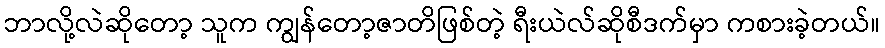
ဘာလို့လဲဆိုတော့ သူက ကျွန်တော့ဇာတိဖြစ်တဲ့ ရီးယဲလ်ဆိုစီဒက်မှာ ကစားခဲ့တယ်။